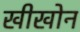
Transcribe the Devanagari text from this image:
खीखोन